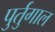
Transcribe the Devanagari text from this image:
पुर्तुगाल